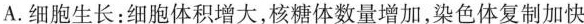
A.细胞生长：细胞体积增大，核糖体数量增加，染色体复制加快